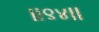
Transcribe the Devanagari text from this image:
।।९४।।